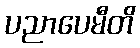
ပညာပေမီတိ